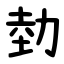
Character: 勎